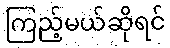
ကြည့်မယ်ဆိုရင်